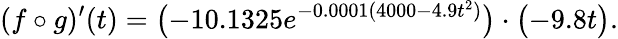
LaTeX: (f\circ g)^{\prime}(t)={\big(}{\mathord{-}}10.1325e^{-0.0001(4000-4.9t^{2})}{\big)}\cdot{\big(}{\mathord{-}}9.8t{\big)}.